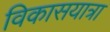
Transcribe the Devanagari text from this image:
विकासयात्रा